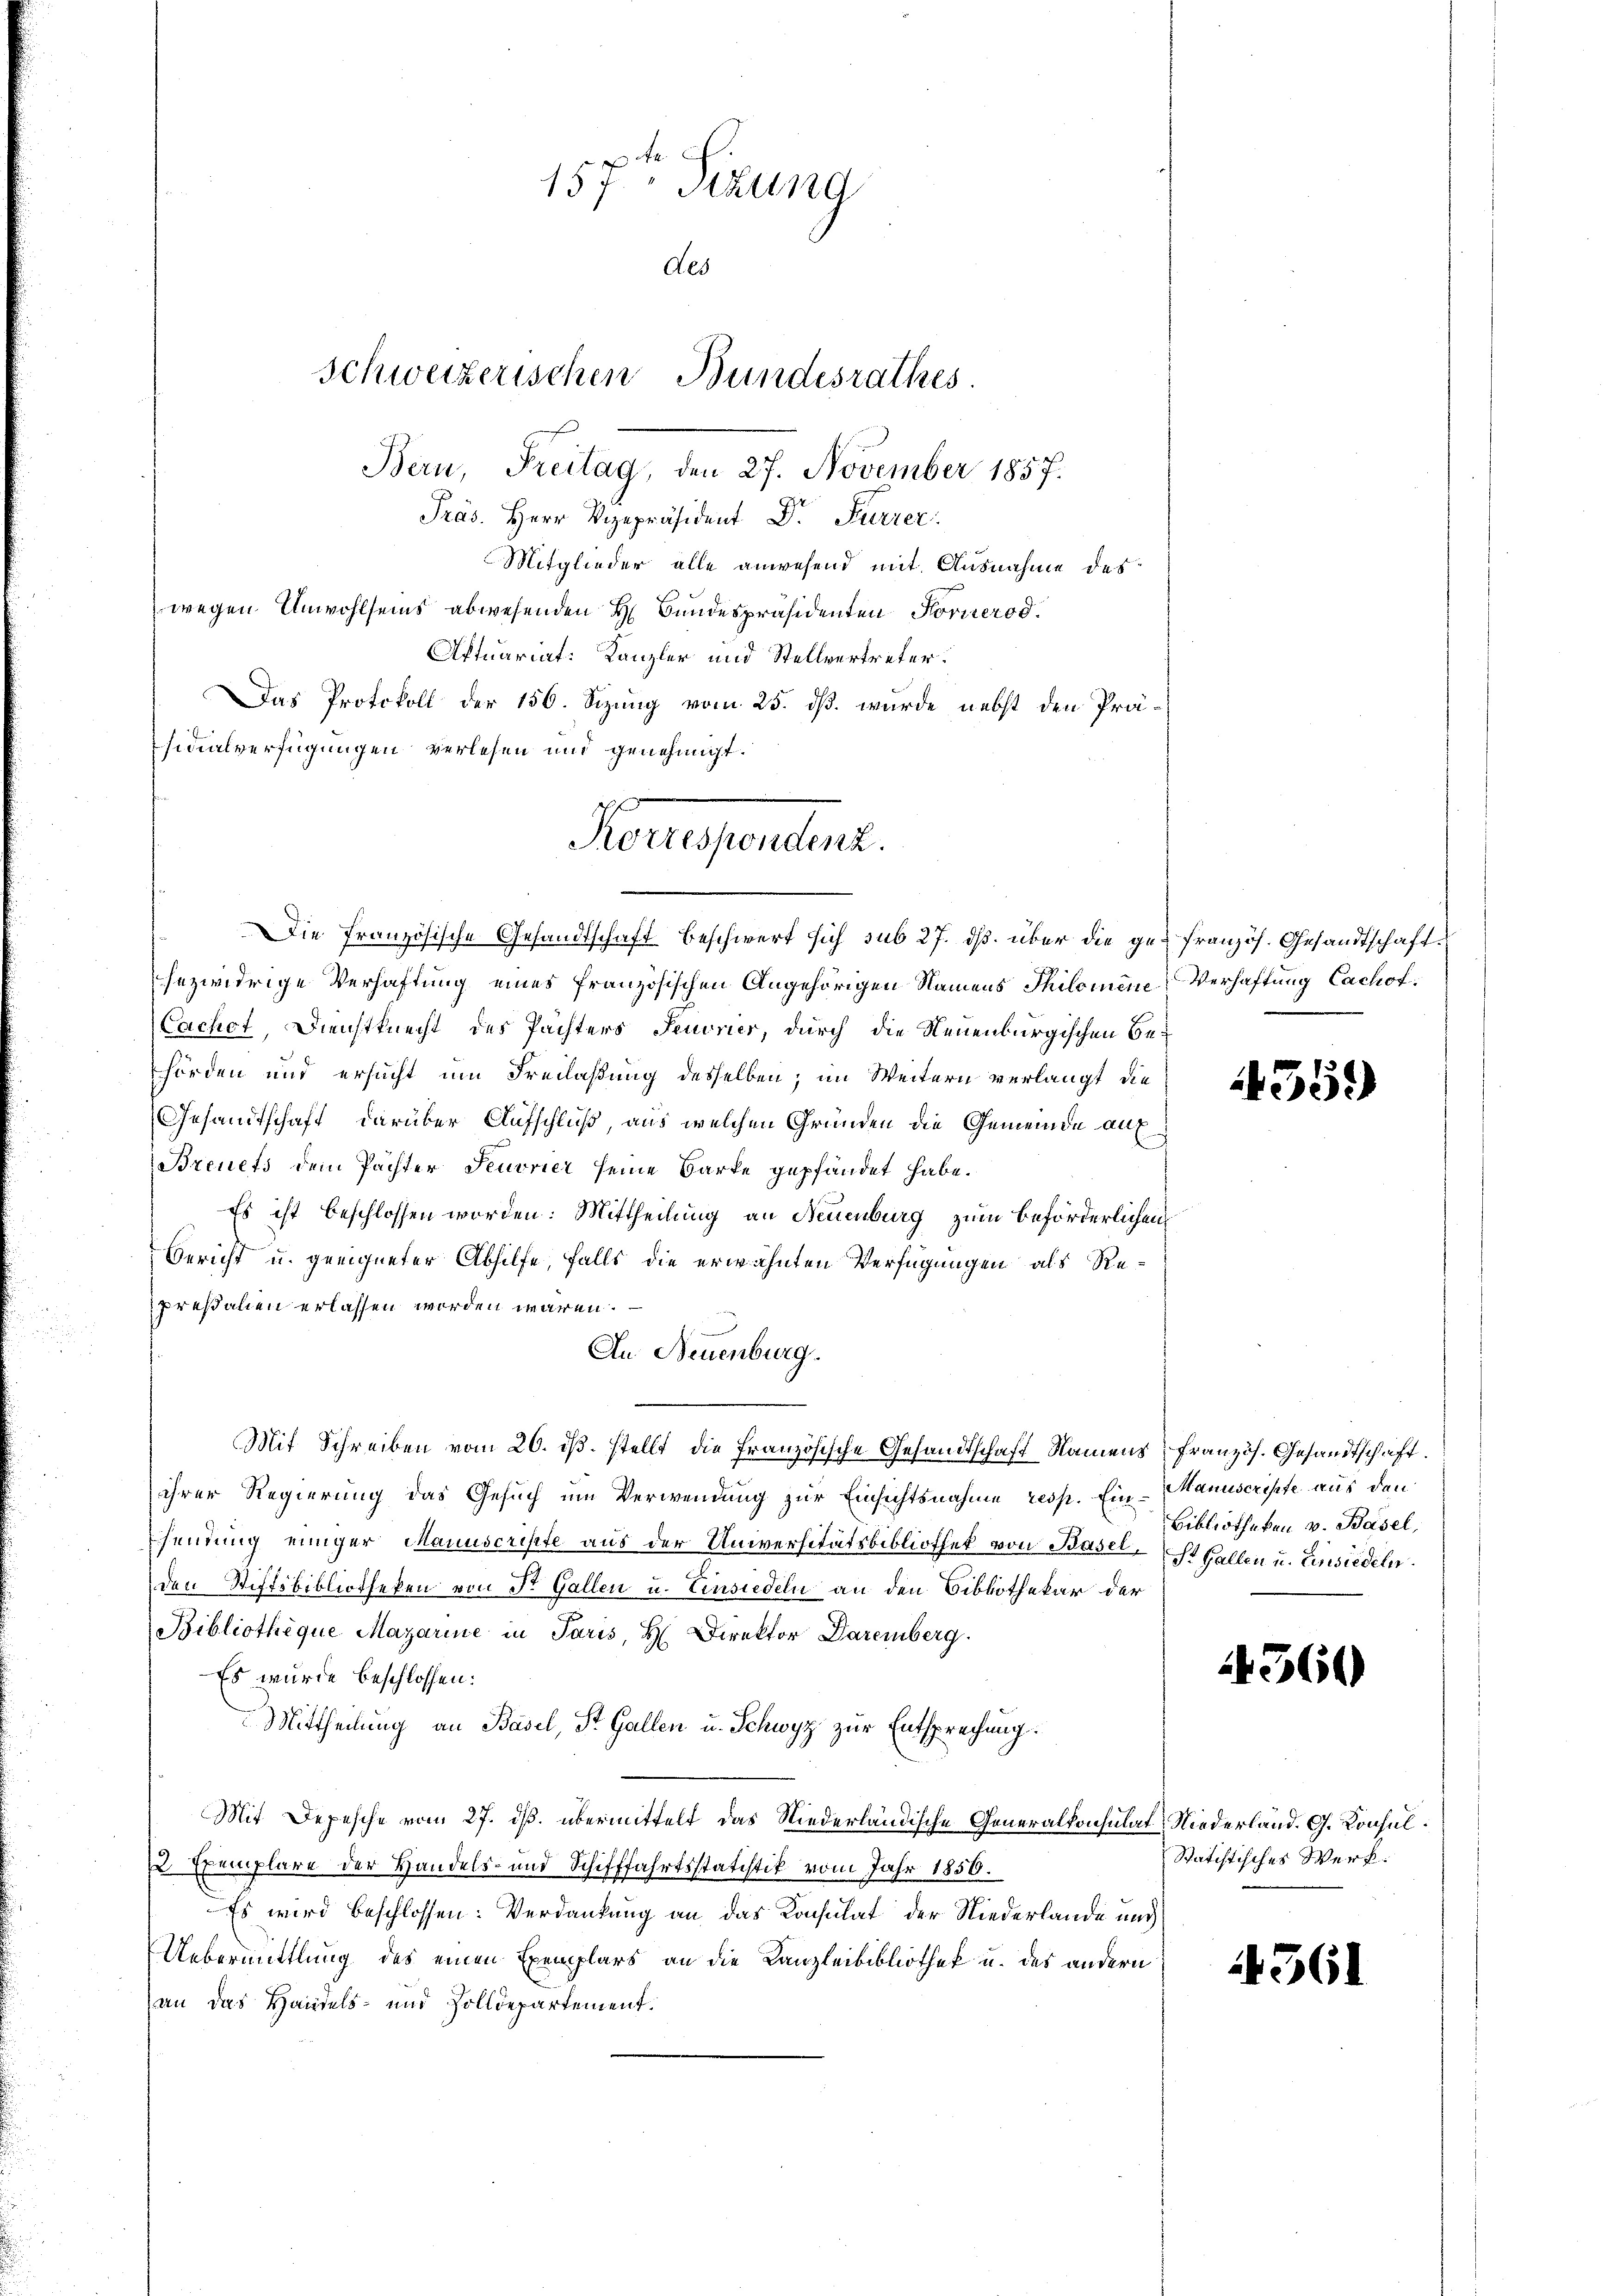
157ten Sizung
des
schweizerischen Bundesrathes.

Präs. Herr Vizepräsident Dr. Furrer.
Mitglieder alle anwesend mit Ausnahme des
wegen Unwohlseins abwesenden H. Bundespräsidenten Fornerod.
Aftuariat: Kanzler und Stellvertreter.
Das Protokoll der 156. Sizung vom 25. ds. wurde nebst den Präsidialverfügungen verlesen und genehmigt.
sezwidrige Verhaftung eines französischen Angehörigen Namens Thilomene Verhaftung Cachof
Cachet, Dienstknecht des Pachters Tenorier, durch die Neuenburgischen Behörden und ersucht um Freilaßung desselben; im Weitern verlangt, die
Gesandtschaft darüber Aufschluß, aus welchen Gründen die Gemeinde auf
Breuets dem Pächter Feuvrier seine Barke gepfändet habe.
Es ist beschlossen worden. Mittheilung an Neuenburg zum beförderlichen
Bericht u. geeigneter Abhilfe, falls die erwähnten Verfügungen als Repressalien erlassen worden wären.
An Neuenburg.
Mit Schreiben vom 20. ds. stellt die Französische Gesandtschaft Namens französ. Gesandtschaft.
ihrer Regierung das Gesuch um Verwendung zur Einsichtsnahme resp. Ein Manuscripte aus den
sendung einiger Manuscripte aus der Universitätsbibliothek von Basel, St. Gallen u. Einsiedeln.
den Stiftsbibliotheken von Dr. Gallen u. Einsiedeln an den Bibliothekar der
Bibliotheque Magarine in Paris, H Direktor Daremberg.
Es wurde beschlossen:
Mittheilung an Basel, St. Gallen u. Schwyz zur Entsprechung.
Mit Depesche vom 27. ds. übermittelt das Niederländische Generalkonsulats Niederland. G. Konsul¬
 Exemplare der Handels- und Schifffahrtsstatistik vom Jahr 1856.
Es wird beschlossen: Verdankung an das Konsulat der Niederlande und
Uebermittlung des einen Exemplars an die Kanzleibibliothek u. des andern
an das Handels- und Zolldepartement.

Bern, Freitag, den 27. November 1857.

Herrentend.
Die französische Gesandtschaft beschwert sich sub 27. ds. über die ge- französ. Gesandtschaft

4559

Bibliotheken v. Basel,

4360

Statistisches Werk.

1561